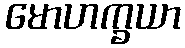
မောဟက္ခယာ